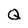
Character: Q